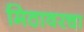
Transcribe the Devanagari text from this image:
मिठावरचा